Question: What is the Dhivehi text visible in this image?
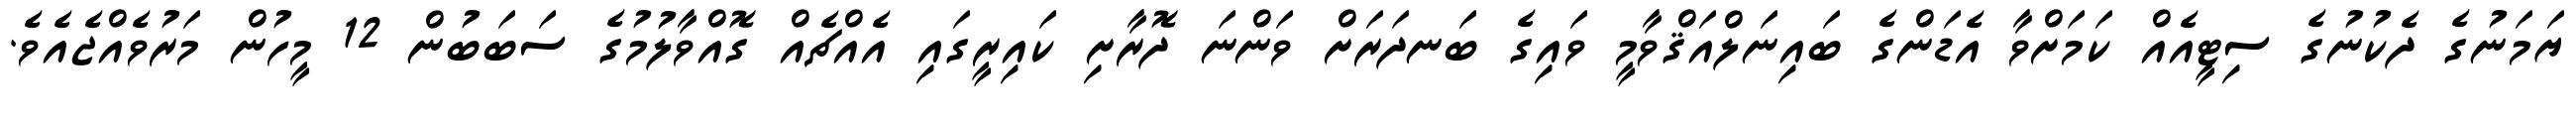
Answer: ޔަމަނުގެ ދެކުނުގެ ސިޓީއެއް ކަމަށްވާ އެޑަންގެ ބައިނަލްއަޤްވާމީ ވައިގެ ބަނދަރަށް ވަންނަ ދޮރާށި ކައިރީގައި އެއްޗެއް ގޮއްވާލުމުގެ ސަބަބުން 12 މީހުން މަރުވެއްޖެއެވެ.